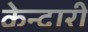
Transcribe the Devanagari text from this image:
केन्दारी